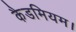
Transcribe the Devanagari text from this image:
कैडमियम।